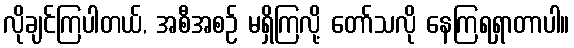
လိုချင်ကြပါတယ်, အစီအစဉ် မရှိကြလို့ တော်သလို နေကြရရှာတာပါ။